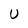
Character: U